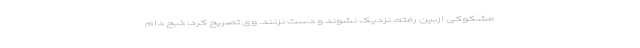
مشکوکی ازبین رفته، نزدیک نشوند و دست نزنند. وی تصریح کرد: ذبح دام